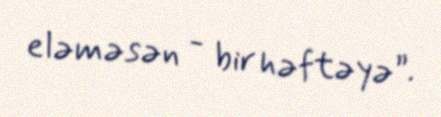
eləməsən - bir həftəyə”.